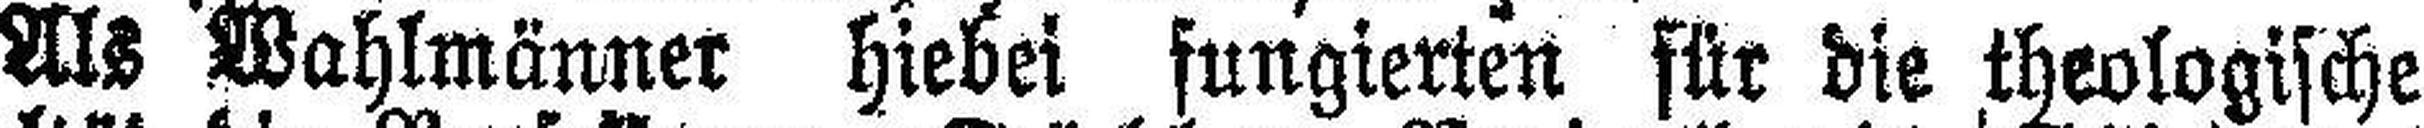
Als Wahlmänner hiebei fungierten für die theologische